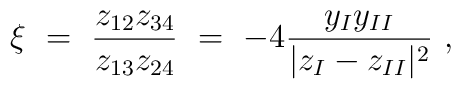
\xi\ =\ \frac{z_{12}z_{34}}{z_{13}z_{24}}       \ =\ -4 \frac{y_I y_{II}}{|z_I-z_{II}|^2} \ ,